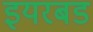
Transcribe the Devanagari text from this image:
इयरबड